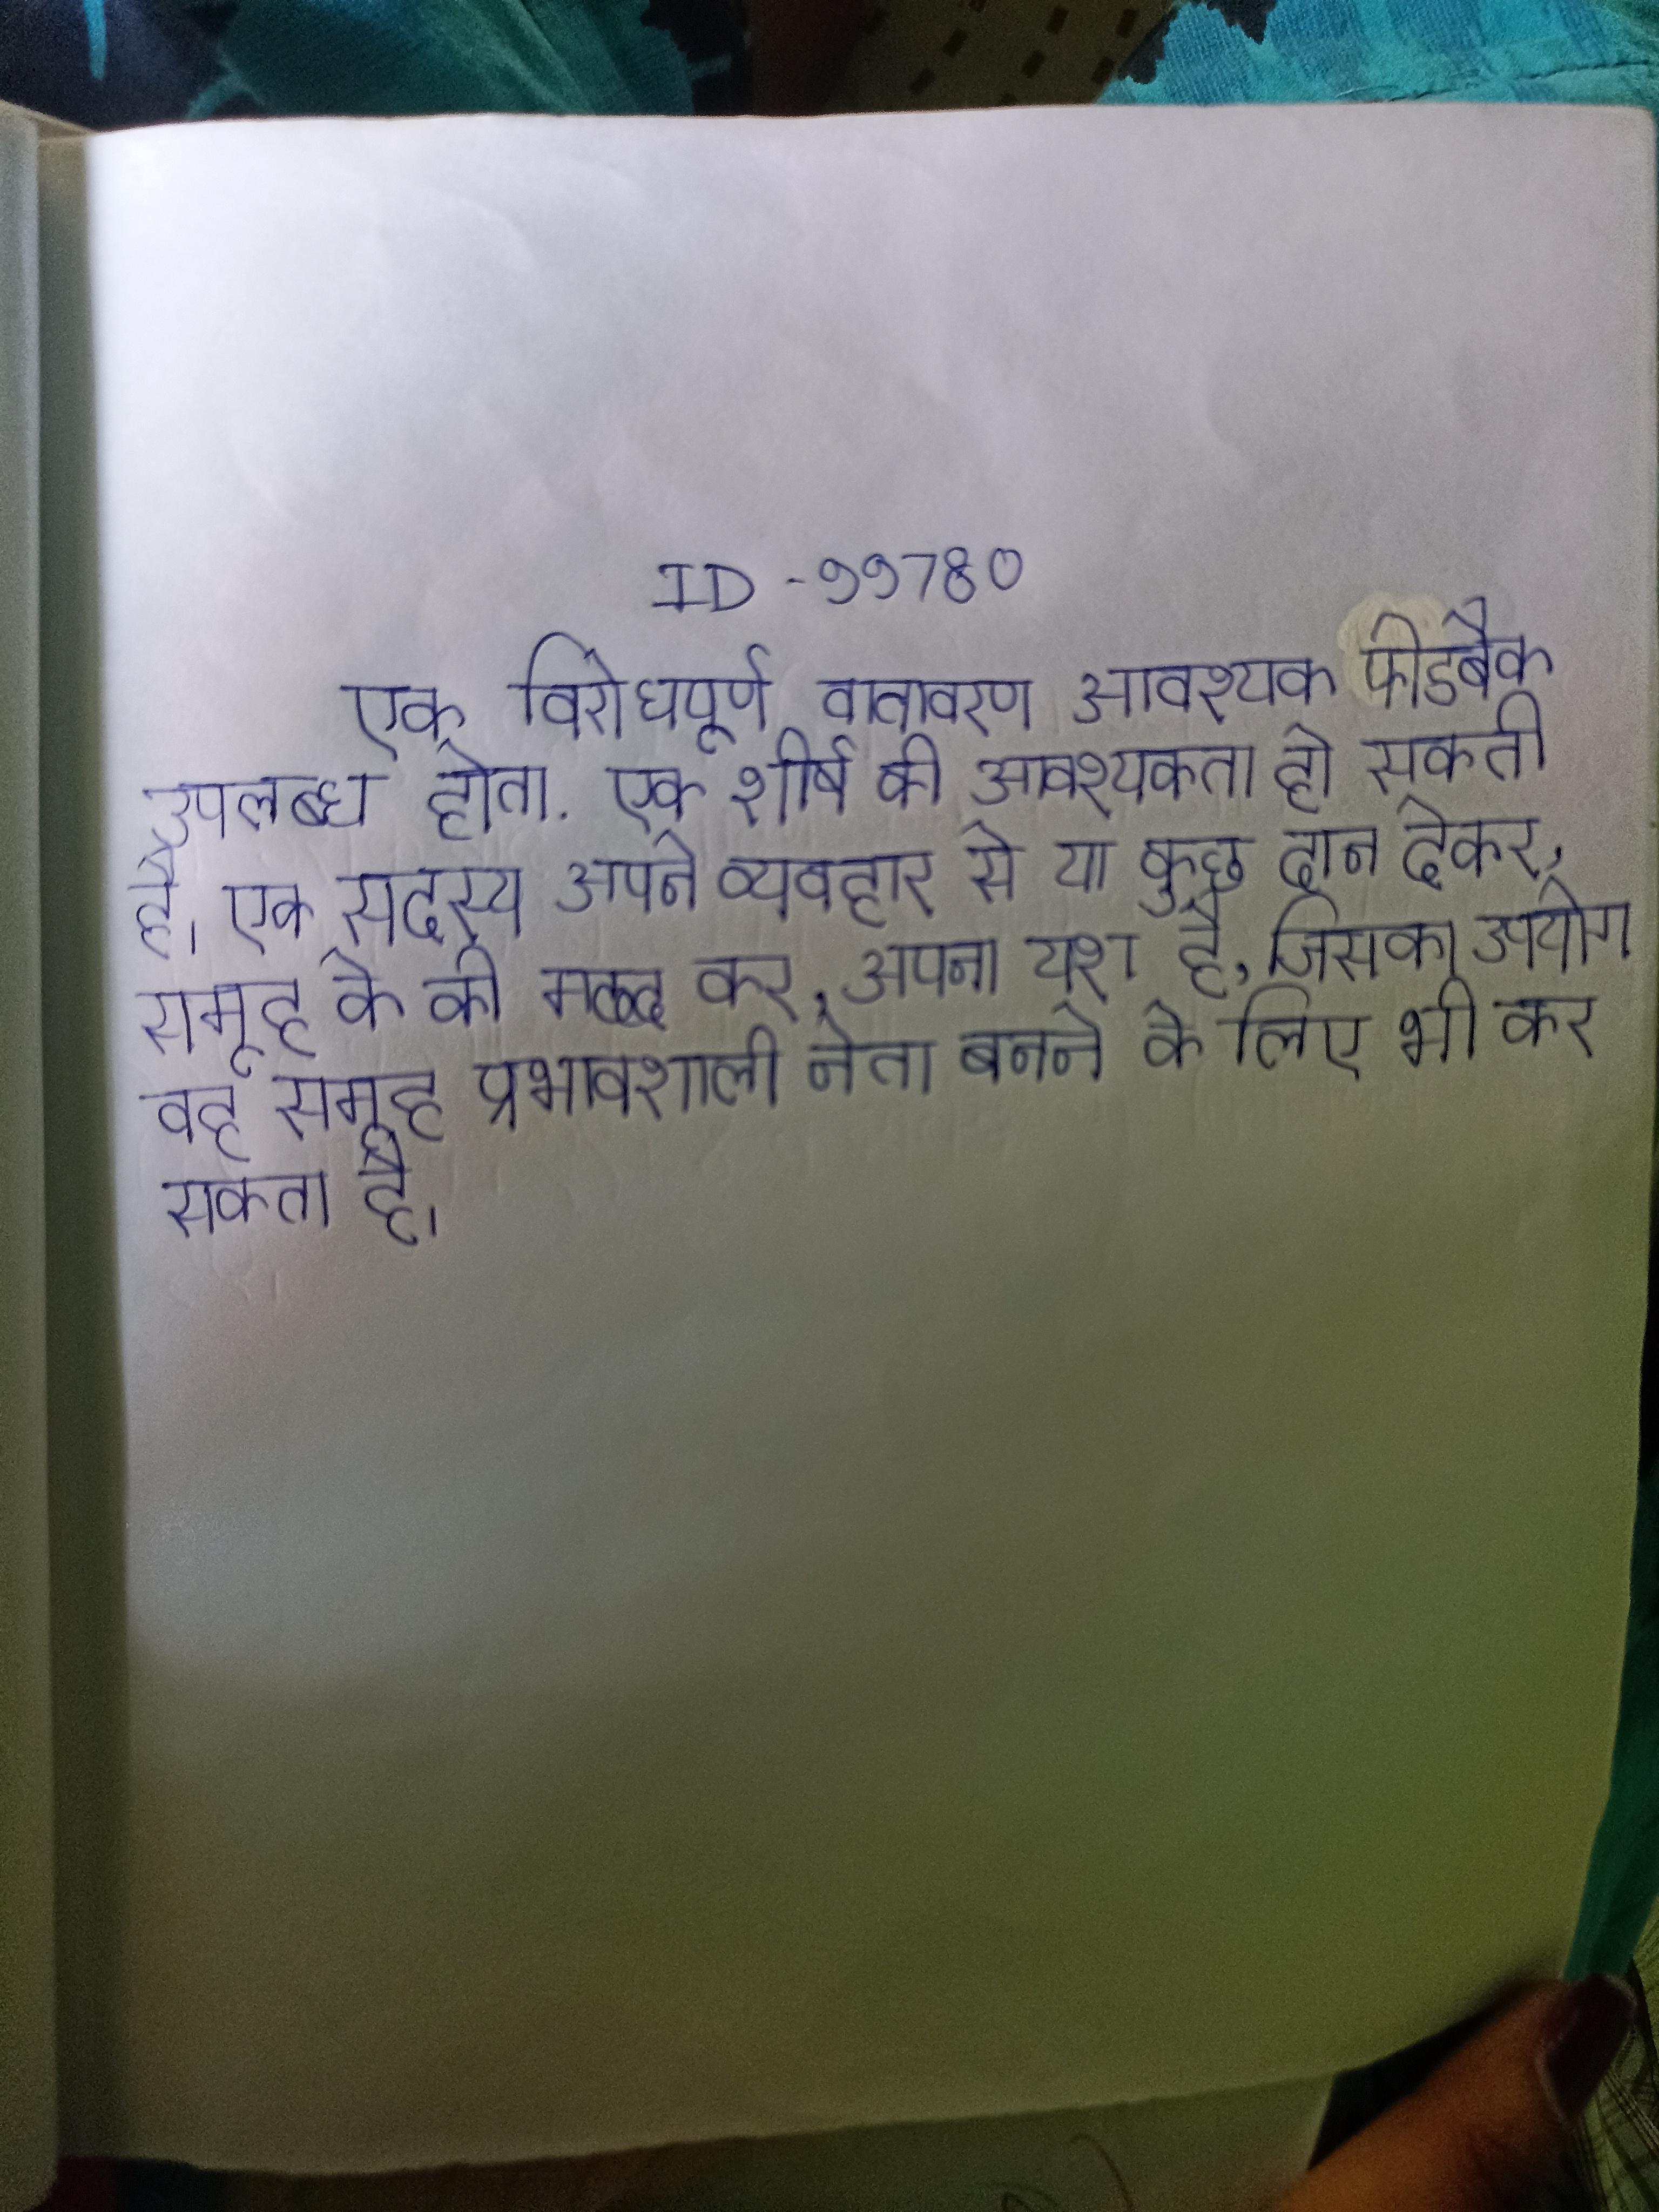
एक विरोधपूर्ण वातावरण आवश्यक फीडबैक उपलब्ध होता . एक शीर्ष की आवश्यकता हो सकती है । एक सदस्य अपने व्यवहार से या कुछ दान देकर, समूह के की मदद कर, अपना यश है, जिसका उपयोग वह समूह प्रभावशाली नेता बनने के लिए भी कर सकता है ।